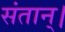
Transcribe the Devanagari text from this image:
संतान्।